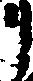
リ